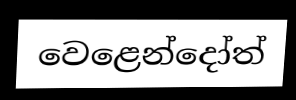
වෙළෙන්දෝත්